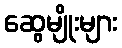
ဆွေမျိုးများ